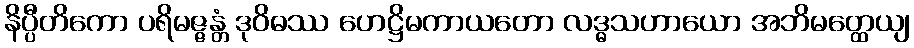
နိပ္ပီတိကော ပရိမဇ္ဇန္တံ ဒုဝိဓဿ ဟေဋ္ဌိမကာယတော လဒ္ဓသဟာယော အဘိမတ္ထေယျ